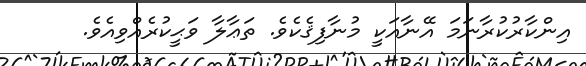
އިންކާރުކުރާނަމަ އޭނާއަކީ މުނާފިޤެކެވެ. ތަޢާލާ ވަޙީކުރެއްވިއެވެ.